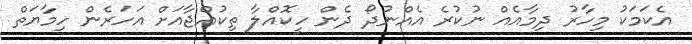
އެކަމަކު މިހާރު ދިމާއެއް ނުކުރެ އެއްނުދޯ ދެން ހީކޮއްލާ ތިކުއްޖާއަށް އަހަރެން ހިމާޔަތް